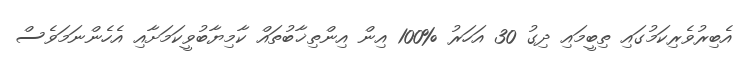
އެބިރުވެރިކަމުގައި ތިބީމައި ދިގު 30 އަހަރު %100 އިން އިންތިޚާބުތައް ކާމިޔާބުވީކަމަށާއި އެހެންނަމަވެސް